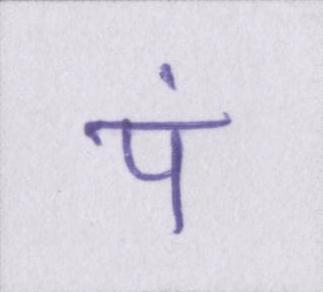
पं